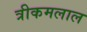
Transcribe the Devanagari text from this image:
त्रीकमलाल